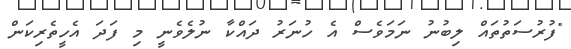
"ފުރުސަތުތައް ލިބުނު ނަމަވެސް އެ ހުނަރު ދައްކާ ނުލެވެނީ މި ފަދަ އެހީތެރިކަން